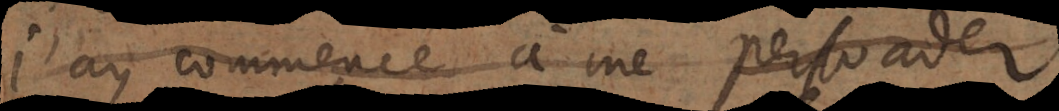
J’ay commencé à me persuader